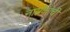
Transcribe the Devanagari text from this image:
नायकांची